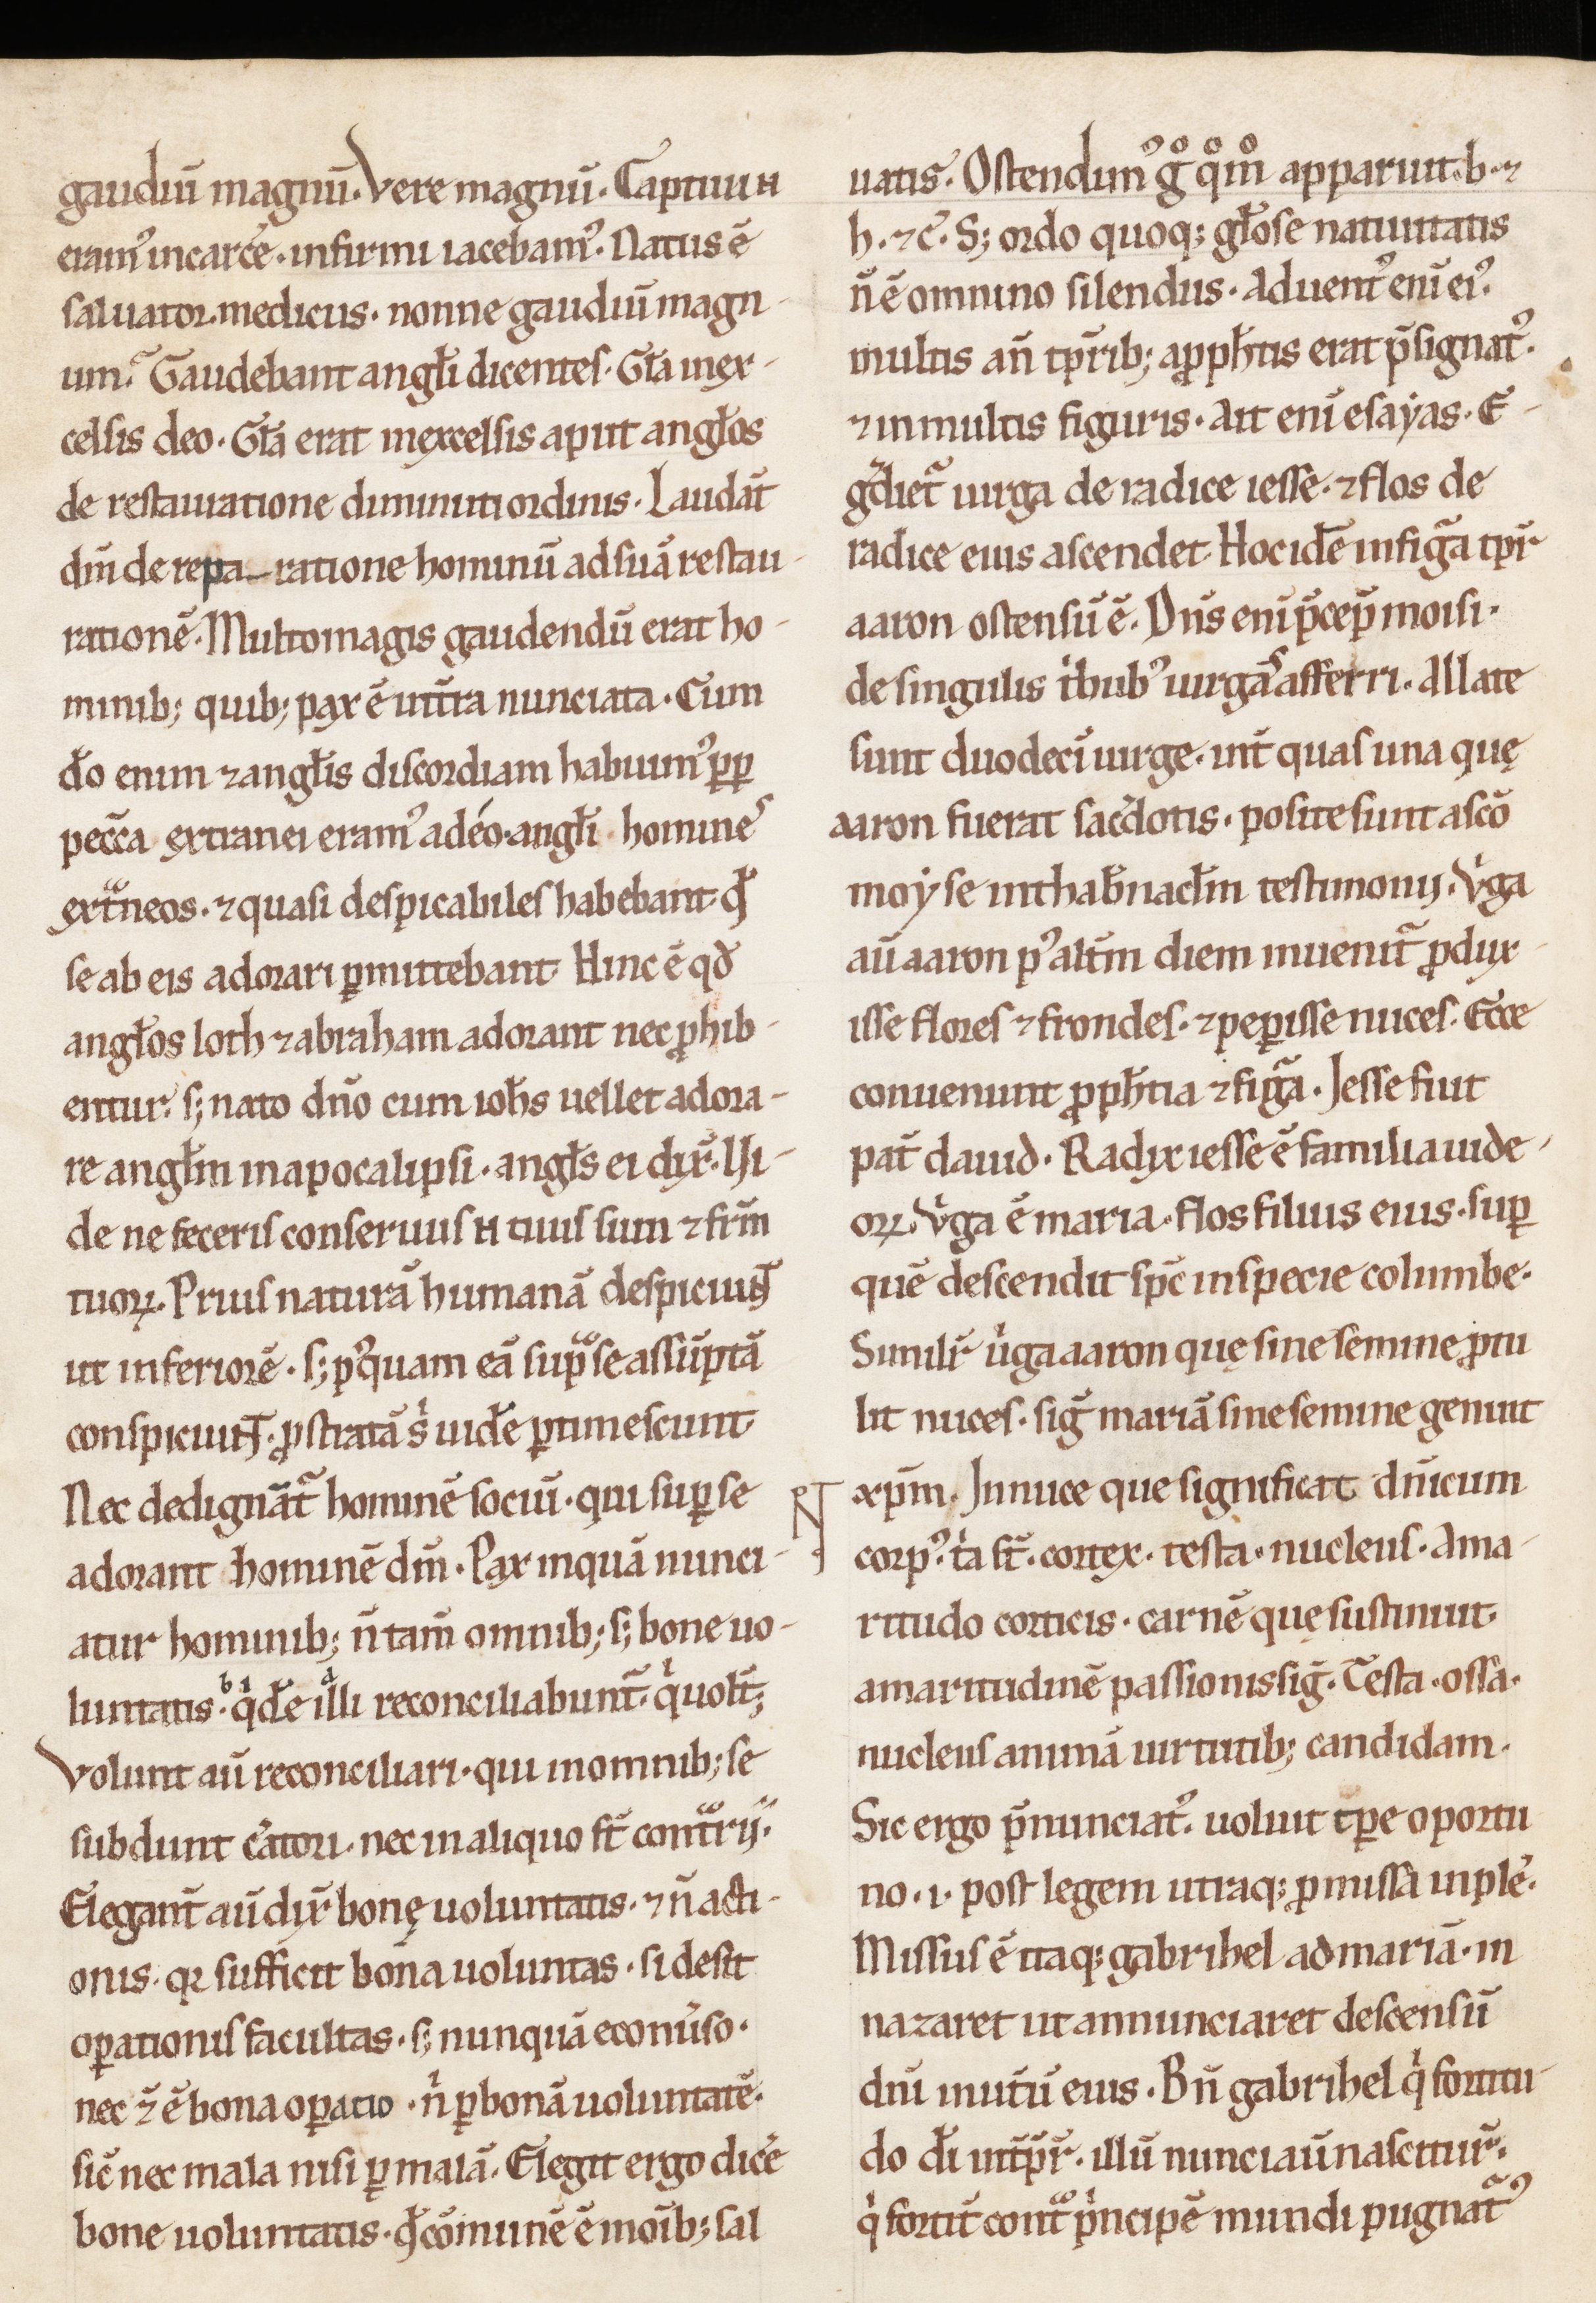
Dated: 1100–1199